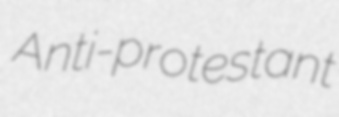
Anti-protestant